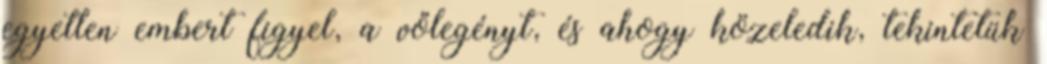
egyetlen embert figyel, a vőlegényt, és ahogy közeledik, tekintetük